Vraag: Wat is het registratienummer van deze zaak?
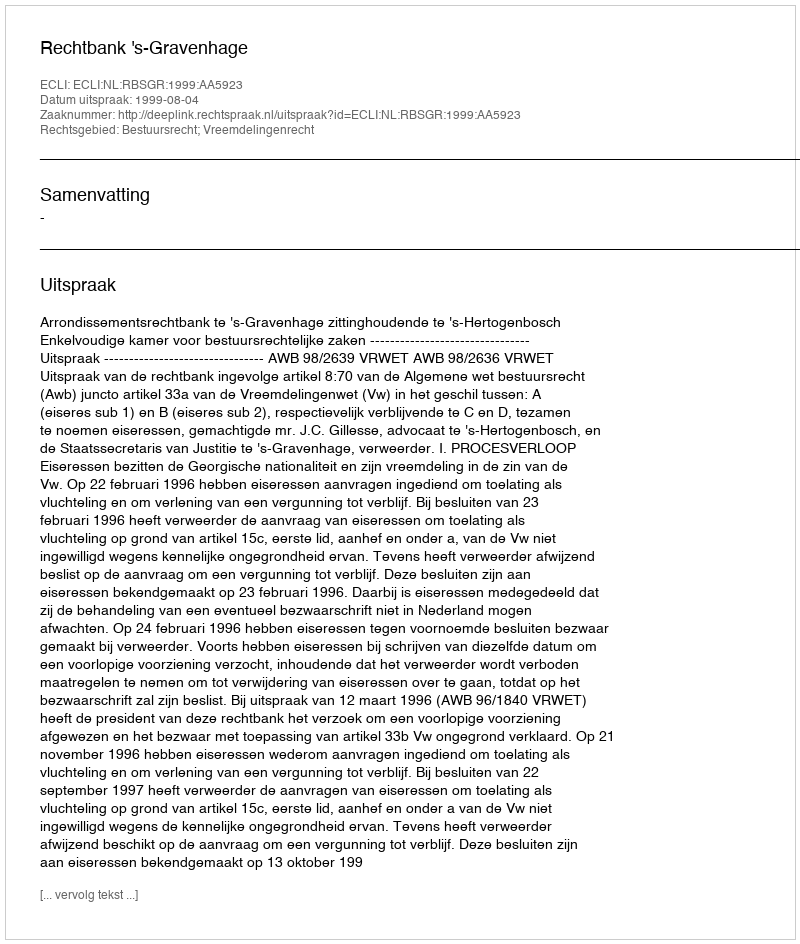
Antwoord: http://deeplink.rechtspraak.nl/uitspraak?id=ECLI:NL:RBSGR:1999:AA5923